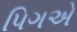
પિગએ